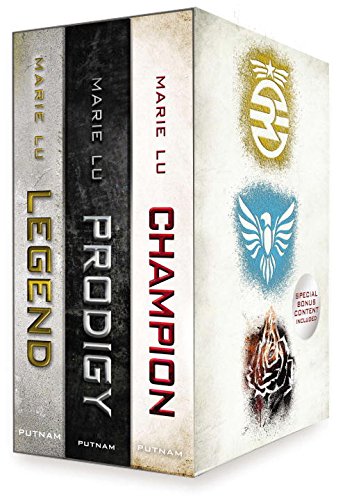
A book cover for Legend Trilogy Boxed Set; Marie Lu; Teen & Young Adult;